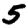
Digit: 5